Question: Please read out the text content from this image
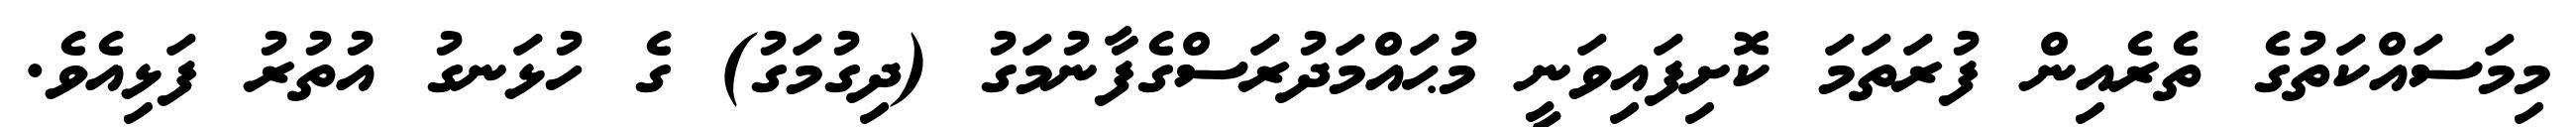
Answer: މިމަސައްކަތުގެ ތެރެއިން ފުރަތަމަ ކޮށިފައިވަނީ މުޙައްމަދުރަސްގެފާނުމަގު (ދިގުމަގު) ގެ ހުޅަނގު އުތުރު ފަޅިއެވެ.